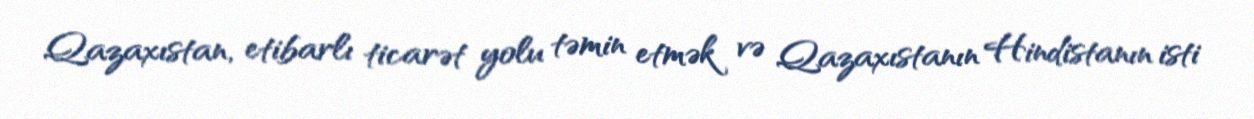
Qazaxıstan, etibarlı ticarət yolu təmin etmək və Qazaxıstanın Hindistanın isti